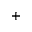
\scriptstyle +